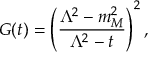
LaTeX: G ( t ) = \left( { \frac { \Lambda ^ { 2 } - m _ { M } ^ { 2 } } { \Lambda ^ { 2 } - t } } \right) ^ { 2 } ,